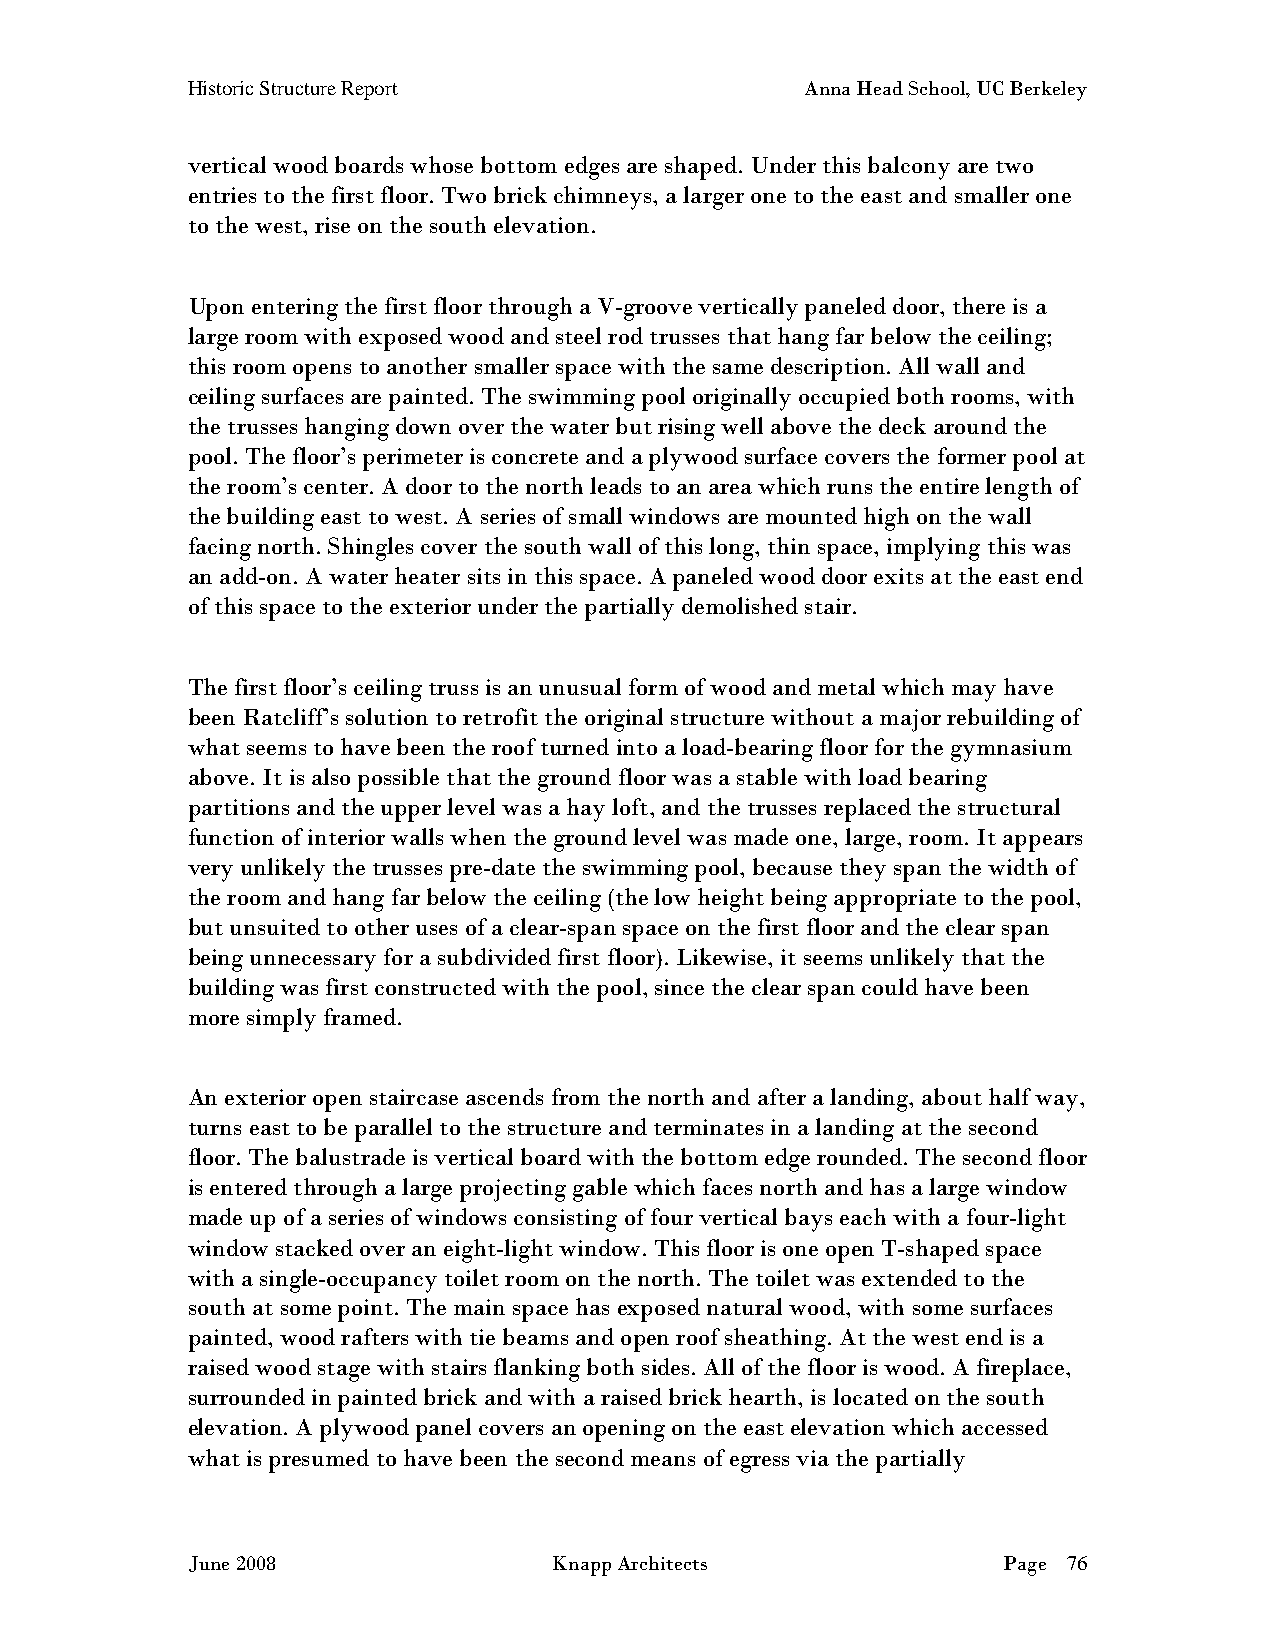
Historic Structure Report                Anna Head School, UC Berkeley
 vertical wood boards whose bottom edges are shaped. Under this balcony are two
 entries to the first floor. Two brick chimneys, a larger one to the east and smaller one
 to the west, rise on the south elevation.
 Upon entering the first floor through a V-groove vertically paneled door, there is a
 large room with exposed wood and steel rod trusses that hang far below the ceiling;
 this room opens to another smaller space with the same description. All wall and
 ceiling surfaces are painted. The swimming pool originally occupied both rooms, with
 the trusses hanging down over the water but rising well above the deck around the
 pool. The floor’s perimeter is concrete and a plywood surface covers the former pool at
 the room’s center. A door to the north leads to an area which runs the entire length of
 the building east to west. A series of small windows are mounted high on the wall
 facing north. Shingles cover the south wall of this long, thin space, implying this was
 an add-on. A water heater sits in this space. A paneled wood door exits at the east end
 of this space to the exterior under the partially demolished stair.
 The first floor’s ceiling truss is an unusual form of wood and metal which may have
 been Ratcliff’s solution to retrofit the original structure without a major rebuilding of
 what seems to have been the roof turned into a load-bearing floor for the gymnasium
 above. It is also possible that the ground floor was a stable with load bearing
 partitions and the upper level was a hay loft, and the trusses replaced the structural
 function of interior walls when the ground level was made one, large, room. It appears
 very unlikely the trusses pre-date the swimming pool, because they span the width of
 the room and hang far below the ceiling (the low height being appropriate to the pool,
 but unsuited to other uses of a clear-span space on the first floor and the clear span
 being unnecessary for a subdivided first floor). Likewise, it seems unlikely that the
 building was first constructed with the pool, since the clear span could have been
 more simply framed.
 An exterior open staircase ascends from the north and after a landing, about half way,
 turns east to be parallel to the structure and terminates in a landing at the second
 floor. The balustrade is vertical board with the bottom edge rounded. The second floor
 is entered through a large projecting gable which faces north and has a large window
 made up of a series of windows consisting of four vertical bays each with a four-light
 window stacked over an eight-light window. This floor is one open T-shaped space
 with a single-occupancy toilet room on the north. The toilet was extended to the
 south at some point. The main space has exposed natural wood, with some surfaces
 painted, wood rafters with tie beams and open roof sheathing. At the west end is a
 raised wood stage with stairs flanking both sides. All of the floor is wood. A fireplace,
 surrounded in painted brick and with a raised brick hearth, is located on the south
 elevation. A plywood panel covers an opening on the east elevation which accessed
 what is presumed to have been the second means of egress via the partially
 June 2008                Knapp Architects             Page 76